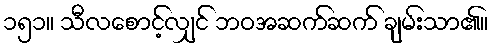
၁၅၁။ သီလစောင့်လျှင် ဘဝအဆက်ဆက် ချမ်းသာ၏။